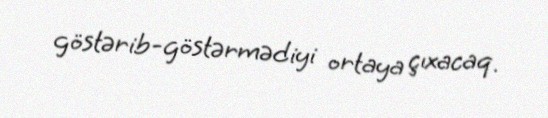
göstərib-göstərmədiyi ortaya çıxacaq.